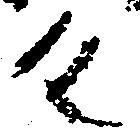
具